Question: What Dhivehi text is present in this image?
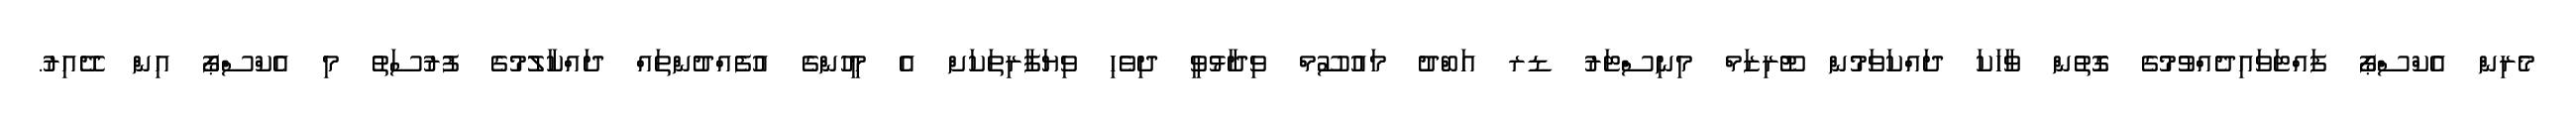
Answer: މެރިން އެކްސްޕޯ ފައްޓަވައިދެއްވުމުގެ ގޮތުން ވާހަކަ ދައްކަވަމުން ޓޫރިޒަމް މިނިސްޓަރު ޑރ އަބްދު މައުސޫމް ވިދާޅުވީ ދިވެހި ވިޔަފާރިތަކަށް އެ މީހުންގެ އުފެއްދުންތައް ދައްކާލުމުގެ ފުރުސަތު މި އެކްސްޕޯ އިން ދޭއިރު.